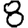
Digit: 8